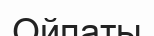
Ойпаты